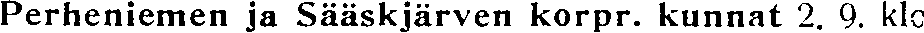
Perheniemen ja Sääskjärven korpr. kunnat 2. 9. klo